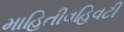
માહિતીવહિવટી